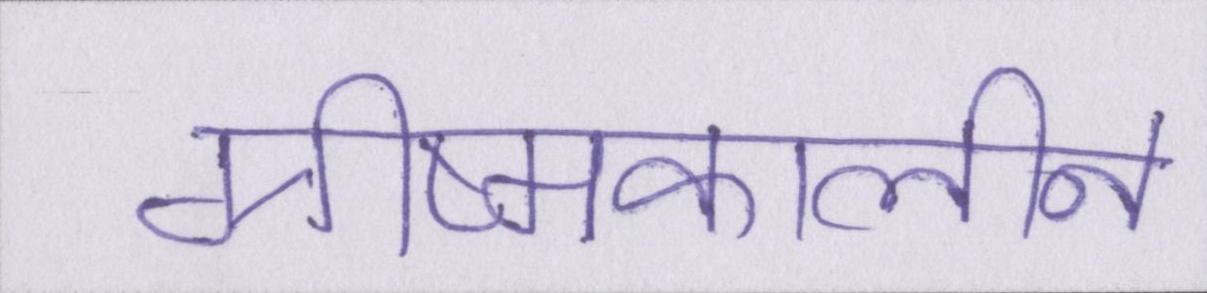
ग्रीष्मकालीन